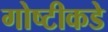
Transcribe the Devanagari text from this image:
गोष्टीकडे